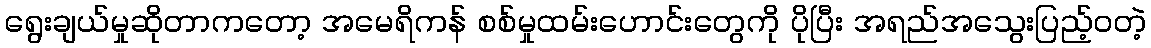
ရွေးချယ်မှုဆိုတာကတော့ အမေရိကန် စစ်မှုထမ်းဟောင်းတွေကို ပိုပြီး အရည်အသွေးပြည့်ဝတဲ့